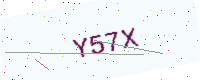
Text: Y57X